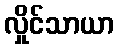
လှိုင်သာယာ